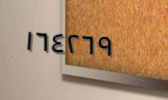
١٦٤٢٦٩